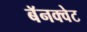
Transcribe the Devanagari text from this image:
बॅनक्वेट